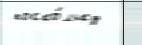
 поско́льку